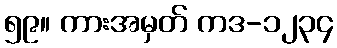
၅၉။ ကားအမှတ် ကဒ-၁၂၃၄